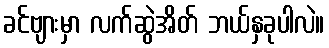
ခင်ဗျားမှာ လက်ဆွဲအိတ် ဘယ်နှခုပါလဲ။